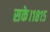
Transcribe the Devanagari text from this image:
सके।१८१५